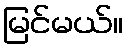
မြင်မယ်။